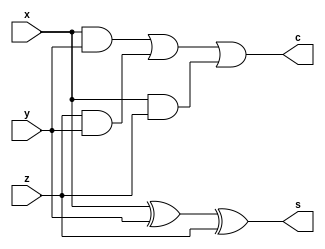
module fa(x,y,z,s,c);

input x,y,z;
output s,c;

wire i1, i2,i3,i4,i5;
assign i1 = x ^ y;
assign s = i1^z;
assign i2 = x & y;
assign i3 = z & y;
assign i4 = x & z;
assign i5 = i2 | i3;
assign c = i5 | i4;

endmodule